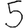
Digit: 5